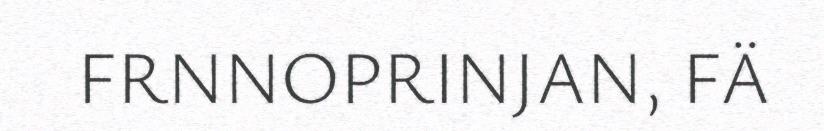
FRNNOPRINJAN, FÄ